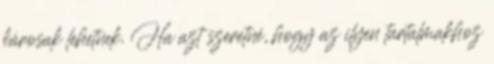
károsak lehetnek. Ha azt szeretné, hogy az ilyen tartalmakhoz